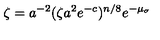
\zeta = a ^ { - 2 } ( \zeta a ^ { 2 } e ^ { - c } ) ^ { n / 8 } e ^ { - \mu _ { \sigma } }